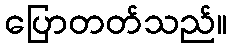
ပြောတတ်သည်။